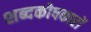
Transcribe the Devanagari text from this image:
शब्दकोषकारों